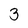
Character: 3